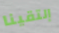
إلتقينا